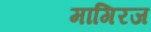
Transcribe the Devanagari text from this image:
मागिरज